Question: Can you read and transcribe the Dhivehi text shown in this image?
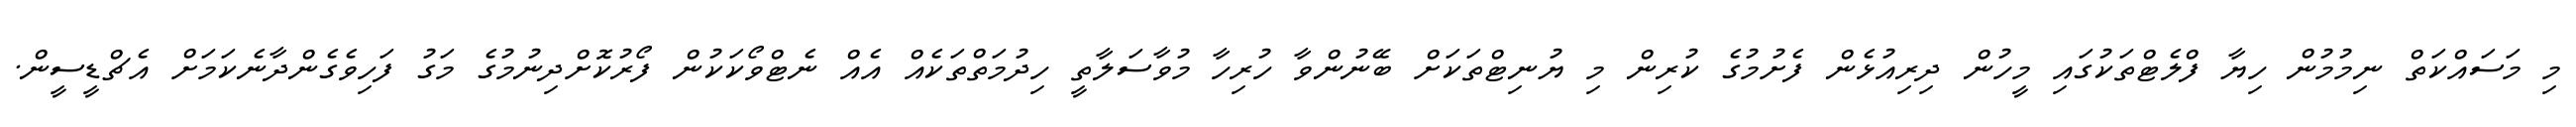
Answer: މި މަސައްކަތް ނިމުމުން ހިޔާ ފްލެޓްތަކުގައި މީހުން ދިރިއުޅެން ފެށުމުގެ ކުރިން މި ޔުނިޓްތަކަށް ބޭނުންވާ ހުރިހާ މުވާސަލާތީ ހިދުމަތްތަކެއް އެއް ނެޓްވޯކަކުން ފޯރުކޮށްދިނުމުގެ މަގު ފަހިވެގެންދާނެކަމަށް އެޗްޑީސީން.